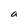
Character: a